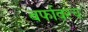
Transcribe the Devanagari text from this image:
बर्फावरच